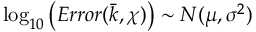
\log _ { 1 0 } \left( E r r o r ( \bar { k } , \chi ) \right) \sim N ( \mu , \sigma ^ { 2 } )